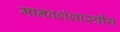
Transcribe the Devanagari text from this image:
मानवशंशास्त्रीय